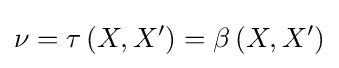
\nu =\tau \left(X,X^{\prime }\right)=\beta \left(X,X^{\prime }\right)